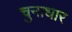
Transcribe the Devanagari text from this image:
चुनाधार